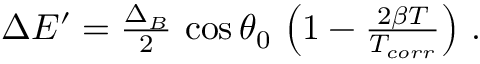
\begin{array} { r } { \Delta E ^ { \prime } = \frac { \Delta _ { B } } { 2 } \, \cos \theta _ { 0 } \, \left( 1 - \frac { 2 \beta T } { T _ { c o r r } } \right) \, . } \end{array}